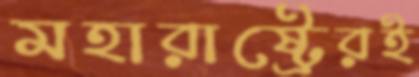
মহারাষ্ট্রেরই